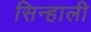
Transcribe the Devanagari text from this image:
सिन्हाली